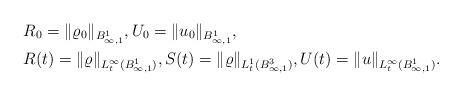
LaTeX: \begin{align*}&R_0=\|\varrho_0\|_{B^1_{\infty,1}},U_0=\|u_0\|_{B^1_{\infty,1}},\\&R(t)=\|\varrho\|_{L^\infty_t(B^1_{\infty,1})},S(t)=\|\varrho\|_{L^1_t(B^3_{\infty,1})},U(t)=\|u\|_{L^\infty_t(B^1_{\infty,1})}.\end{align*}